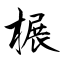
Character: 榐